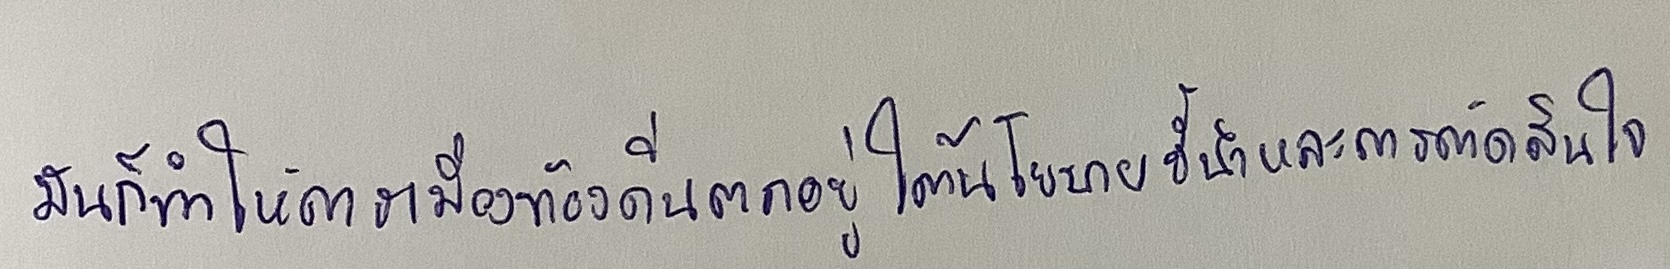
มันก็ทำให้การเมืองท้องถิ่นตกอยู่ใต้นโยบายชี้นำและการตัดสินใจ